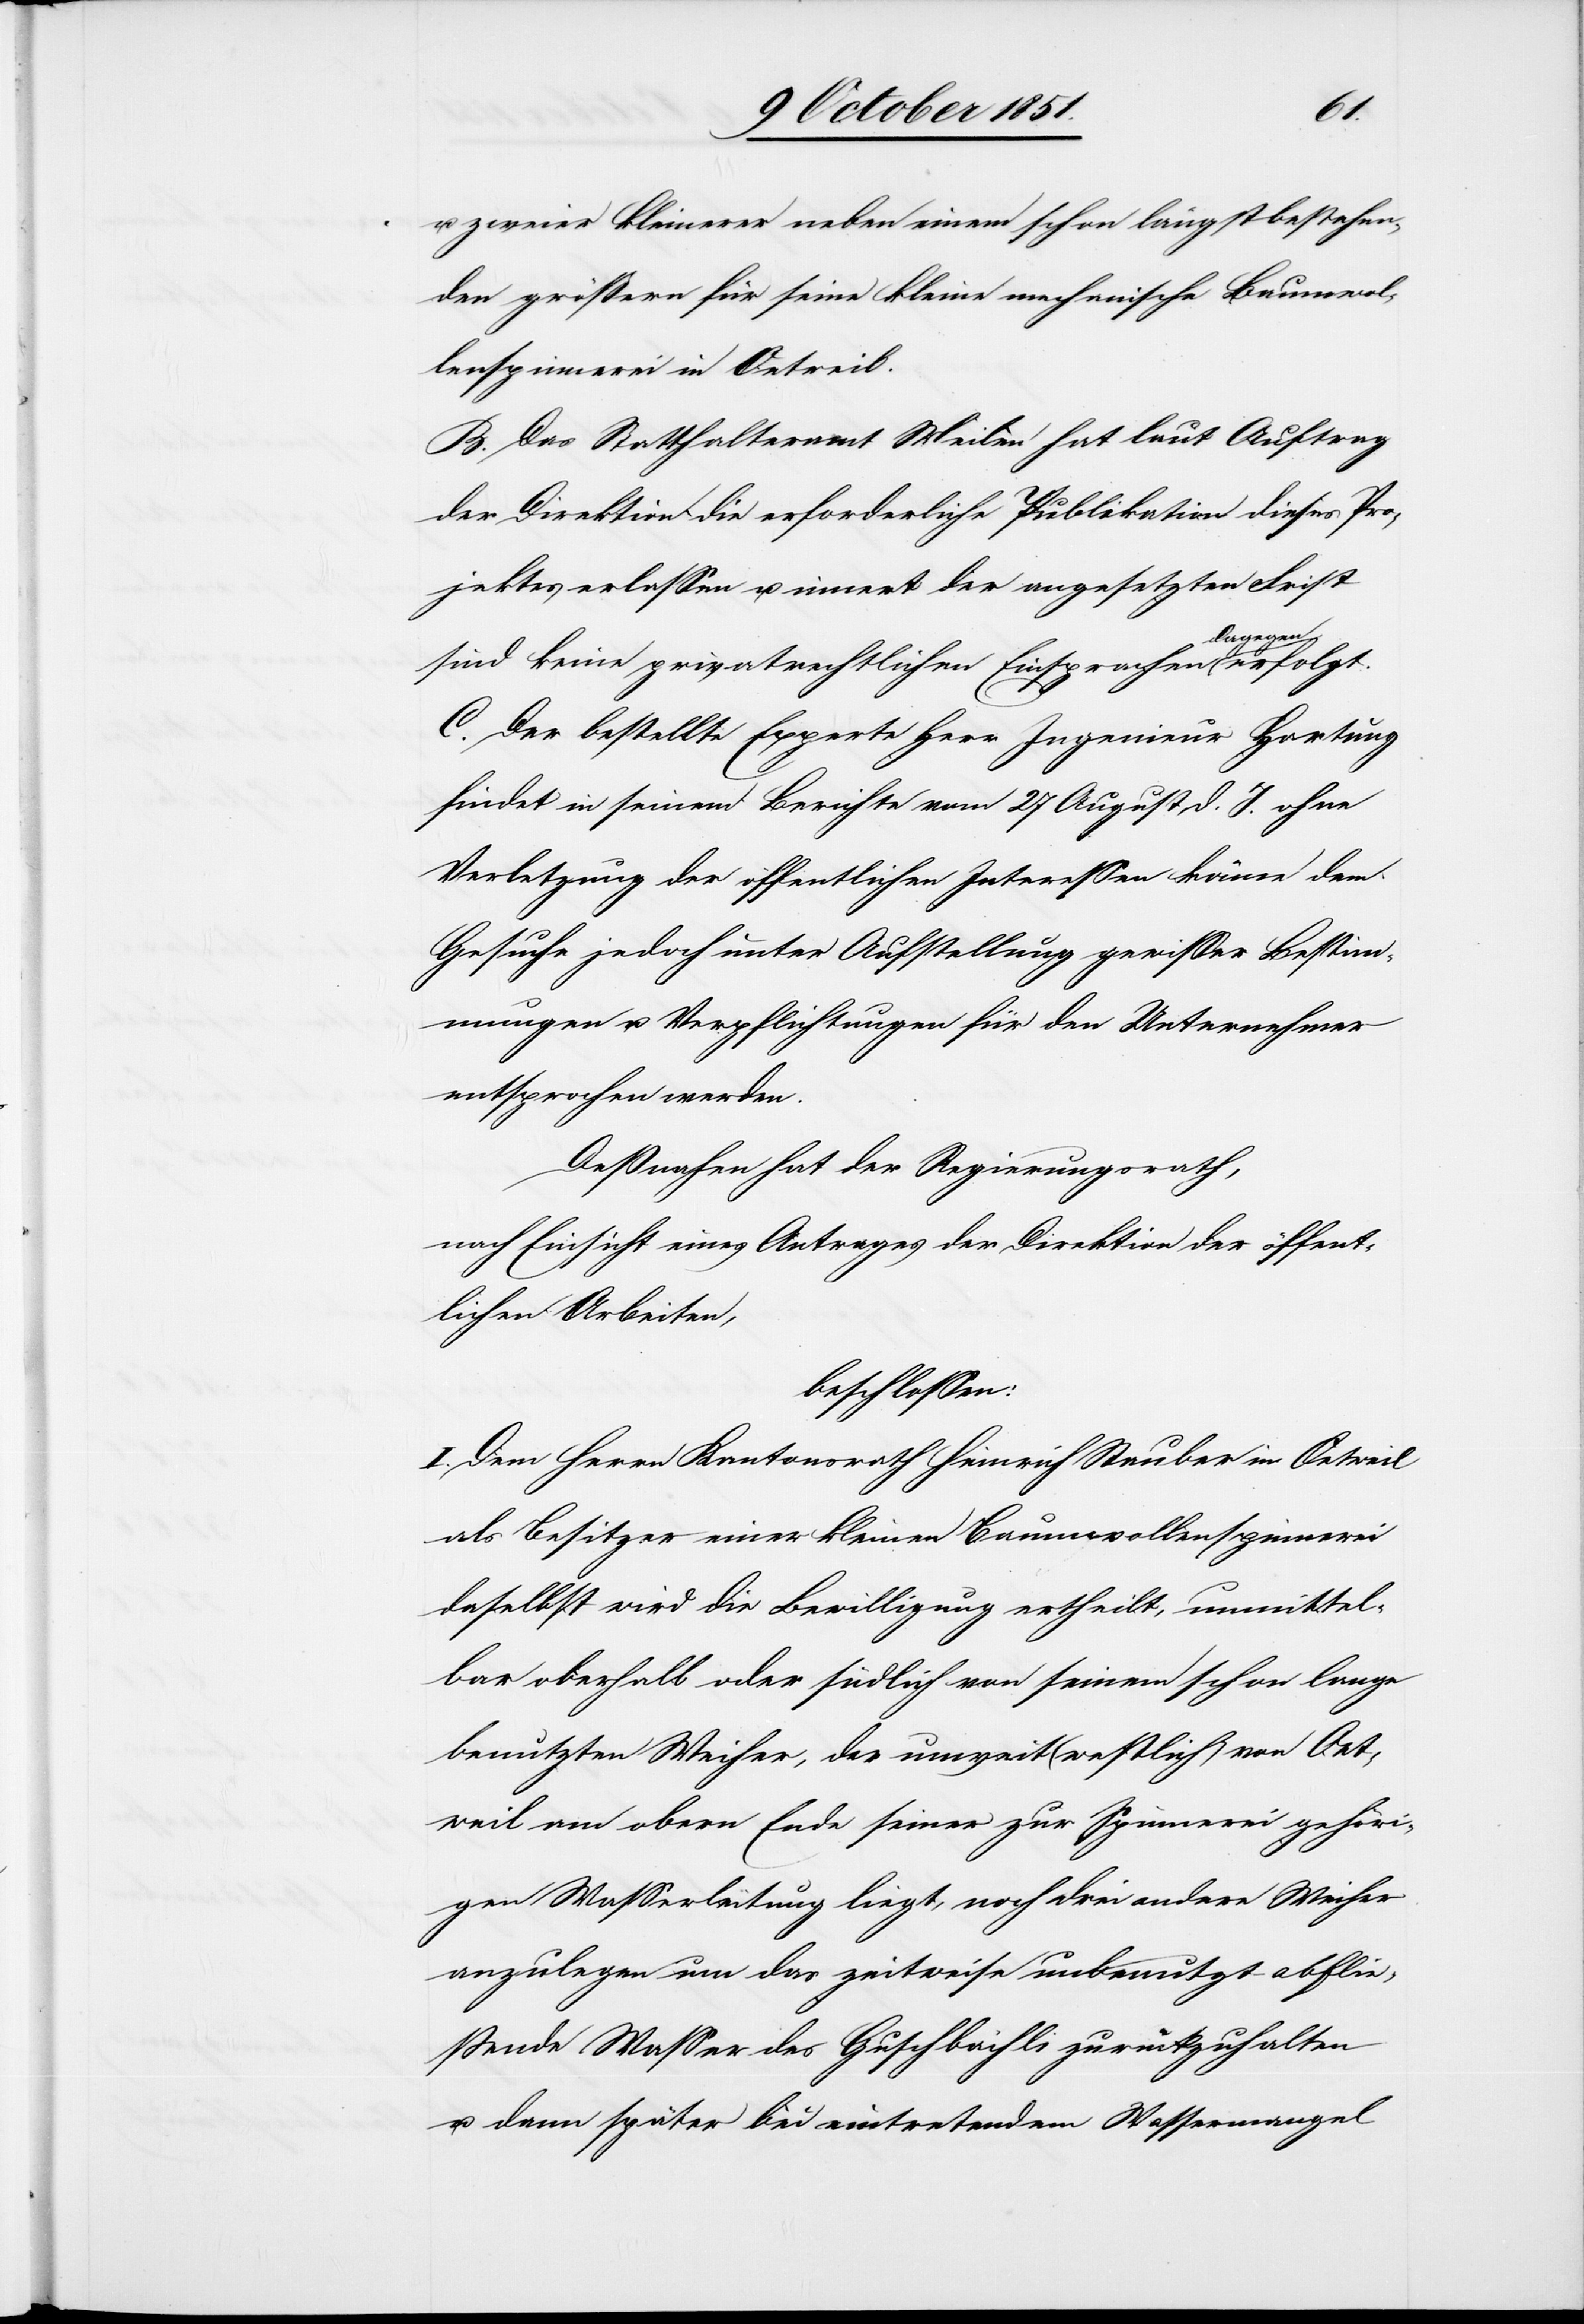
u. zweier kleinerer neben einem schon längst bestehen¬
den größern für seine kleine mechanische Baumwol¬
lenspinnerei in Oetweil.
B. Das Statthalteramt Meilen hat laut Auftrag
der Direktion die erforderliche Publikation dieses Pro¬
jektes erlassen u. innert der angesetzten Frist
sind keine privatrechtlichen Einsprachen dagegen erfolgt.
C. Der bestellte Experte Herr Ingenieur Hartung
findet in seinem Berichte vom 27 August d. J. ohne
Verletzung der öffentlichen Interessen könne dem
Gesuche jedoch unter Aufstellung gewisser Bestim¬
mungen u. Verpflichtungen für den Unternehmer
entsprochen werden.
Deßnahen hat der Regierungsrath,
nach Einsicht eines Antrages der Direktion der öffent¬
lichen Arbeiten,
beschlossen:
I. Dem Herrn Kantonsrath Heinrich Stauber in Oetweil
als Besitzer einer kleinen Baumwollenspinnerei
daselbst wird die Bewilligung ertheilt, unmittel¬
bar oberhalb oder südlich von seinem schon lange
benutzten Weiher, der unweit (westlich) von Oet¬
weil am obern Ende seiner zur Spinnerei gehöri¬
gen Wasserleitung liegt, noch drei andere Weiher
anzulegen um das zeitweise unbenutzt abflie¬
ßende Wasser des Guschbächli zurückzuhalten
u. dann später bei eintretendem Wassermangel